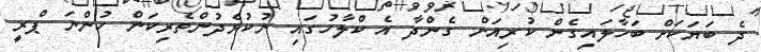
ދެ ބަޔަކަށް ބަހާލައިގެން ކުރިއަށް ގެންދާ އެ ކްލާހުގައި ނުކުޅެދުންތެރިކަން ހުންނަ ޕްރީ